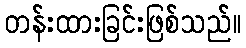
တန်းထားခြင်းဖြစ်သည်။